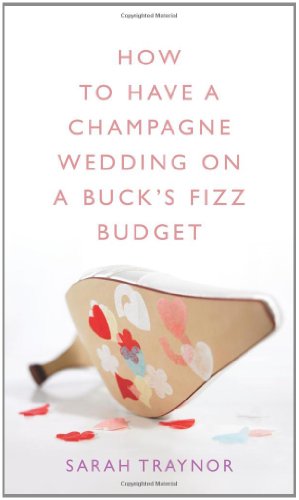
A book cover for How to Have a Champagne Wedding on a Buck's Fizz Budget; Sarah Traynor; Crafts, Hobbies & Home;